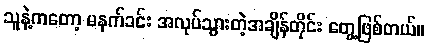
သူနဲ့ကတော့ မနက်ခင်း အလုပ်သွားတဲ့အချိန်တိုင်း တွေ့ဖြစ်တယ်။